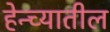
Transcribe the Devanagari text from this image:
हेन्च्यातील